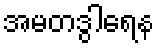
အမတဒွါရေန